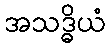
အသဒ္ဓိယံ